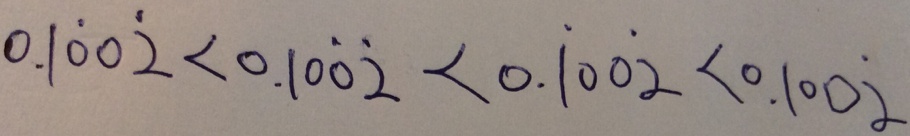
0 . 1 \dot { 0 } 0 \dot { 2 } < 0 . 1 0 \dot { 0 } \dot { 2 } < 0 . \dot { 1 } 0 0 \dot { 2 } < 0 . 1 0 0 \dot { 2 }